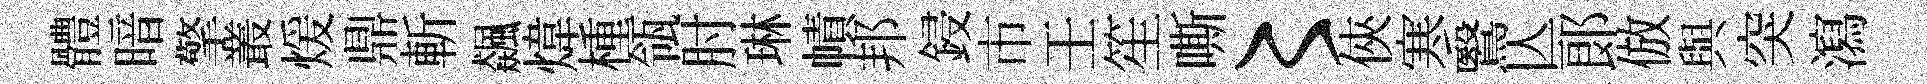
體暗擎叢煖鼎斬飆煒㮔瓴肘琳幘邦鋟市壬笙嘶〻俠寒鷖亾郞倣與突瀉